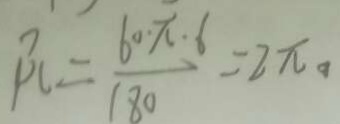
\beta C = \frac { 6 0 \pi \cdot 6 } { 1 8 0 } = 2 \pi 。